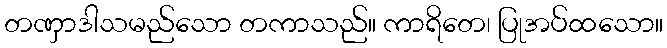
တဏှာဒါသမည်သော တကာသည်။ ကာရိတေ၊ ပြုအပ်ထသော။